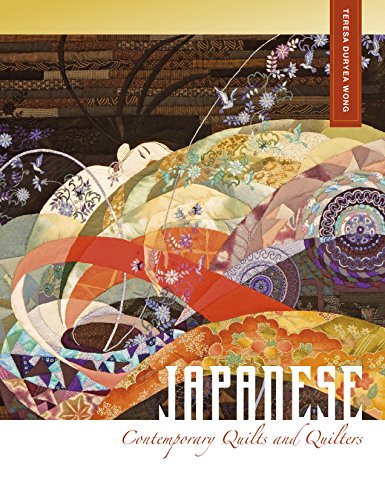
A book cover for Japanese Contemporary Quilts and Quilters: The Story of an American Import; Teresa Duryea Wong; Crafts, Hobbies & Home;